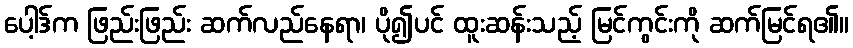
ပေါ့ဒ်က ဖြည်းဖြည်း ဆက်လည်နေရာ၊ ပို၍ပင် ထူးဆန်းသည့် မြင်ကွင်းကို ဆက်မြင်ရ၏။